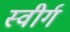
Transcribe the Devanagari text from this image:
स्वीर्ग